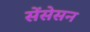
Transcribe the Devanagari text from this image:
सेंसेसन